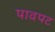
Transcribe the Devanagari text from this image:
पावपट